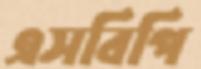
এসবিপি